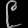
Digit: ၉